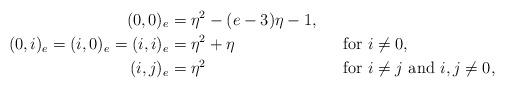
LaTeX: \begin{align*}(0,0)_e &= \eta^2 - (e-3)\eta - 1, && \\(0,i)_e = (i,0)_e = (i,i)_e &= \eta^2 + \eta &&\textrm{for } i \ne 0,\\(i,j)_e &= \eta^2 &&\textrm{for } i \ne j \textrm{ and } i,j \ne 0, \end{align*}